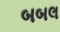
બબલ